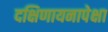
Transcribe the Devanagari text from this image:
दक्षिणायनापेक्षा